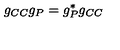
g _ { C C } g _ { P } = g _ { P } ^ { * } g _ { C C }